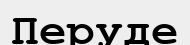
Перуде